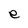
Character: e